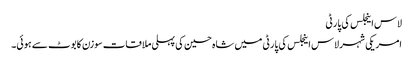
لاس اینجلس کی پارٹی
امریکی شہر لاس اینجلس کی پارٹی میں شاہ حسین کی پہلی ملاقات سوزن کابوٹ سے ہوئی۔